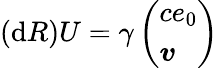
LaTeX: (\mathrm{d}R)U=\gamma\left(\begin{array}{l}{ce_{0}}\\ {\boldsymbol{v}}\end{array}\right)